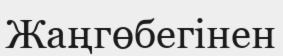
Жаңгөбегінен